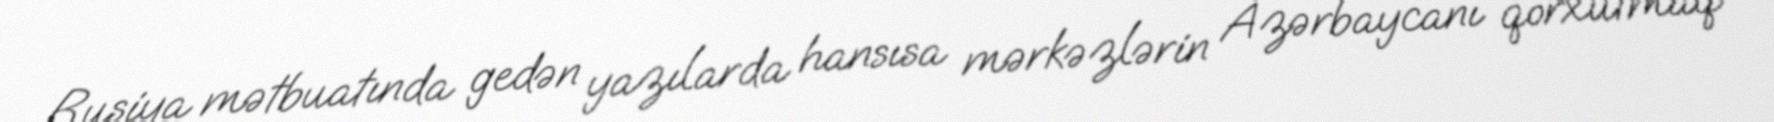
Rusiya mətbuatında gedən yazılarda hansısa mərkəzlərin Azərbaycanı qorxutmaq